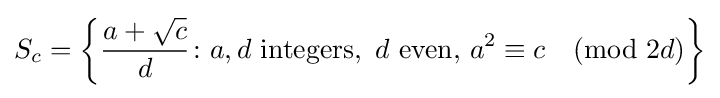
S_{c}=\left\{{\frac {a+{\sqrt {c}}}{d}}\colon a,d{\text{ integers, }}\,d{\text{ even}},\,a^{2}\equiv c{\pmod {2d}}\right\}